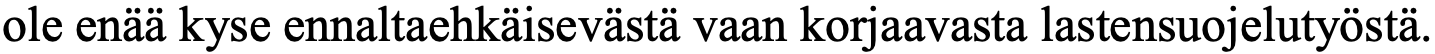
ole enää kyse ennaltaehkäisevästä vaan korjaavasta lastensuojelutyöstä.